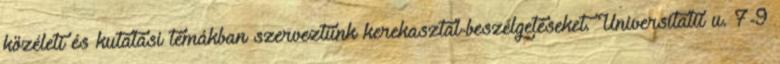
közéleti és kutatási témákban szerveztünk kerekasztal-beszélgetéseket. Universitatii u. 7-9